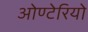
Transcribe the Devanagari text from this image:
ओण्टेरियो